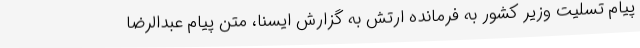
پیام تسلیت وزیر کشور به فرمانده ارتش به گزارش ایسنا، متن پیام عبدالرضا